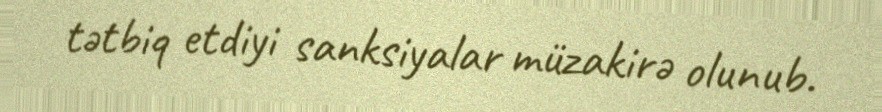
tətbiq etdiyi sanksiyalar müzakirə olunub.